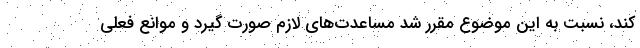
کند، نسبت به این موضوع مقرر شد مساعدت‌های لازم صورت گیرد و موانع فعلی